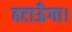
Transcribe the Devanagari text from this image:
हटाऊँगा।